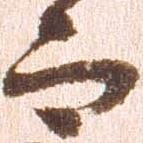
而